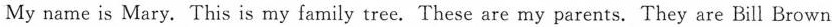
My name is Mary. This is my family tree. These are my parents. They are Bill Brown